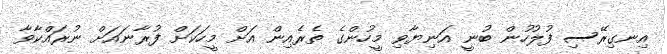
އިނގިރޭސި ފުލުހުން ބުނީ އަނިޔާވި މީހުންގެ ތެރެއިން އަށް މީހަކަށް ފުރާނައަށް ނުރައްކާވާ